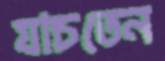
যাচতেন